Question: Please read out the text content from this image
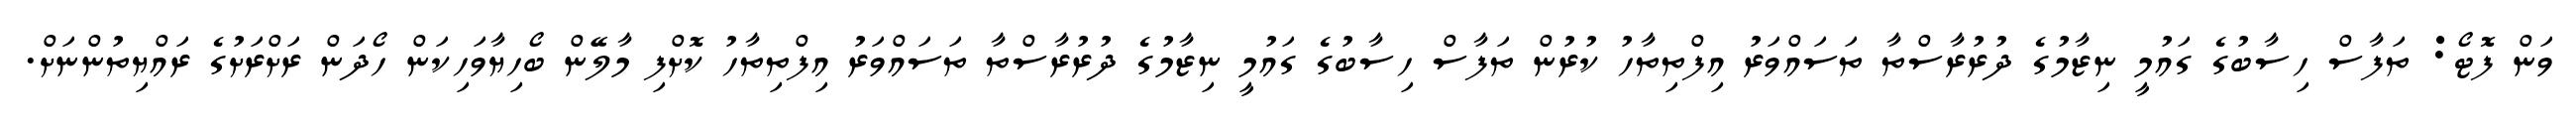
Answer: ވަން ފޮޓޯ: ތަފާސް ހިސާބުގެ ގައުމީ ނިޒާމުގެ ދުރުރާސްތާ ތަސައްވަރު އިފްތިތާހު ކުރުން ތަފާސް ހިސާބުގެ ގައުމީ ނިޒާމުގެ ދުރުރާސްތާ ތަސައްވަރު އިފްތިތާހު ކޮށްފި މާލޭން ބޯހިޔާވަހިކަން ހޯދަން ރަށްރަށުގެ ރައްޔިތުންނަށް.